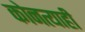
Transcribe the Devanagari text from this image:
कोनत्याही